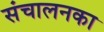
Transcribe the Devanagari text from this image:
संचालनका